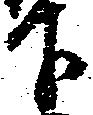
下